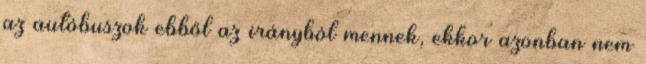
az autóbuszok ebből az irányból mennek, ekkor azonban nem